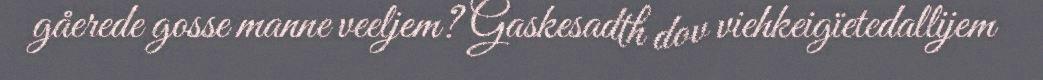
gåerede gosse manne veeljem? Gaskesadth dov viehkeigïetedallijem